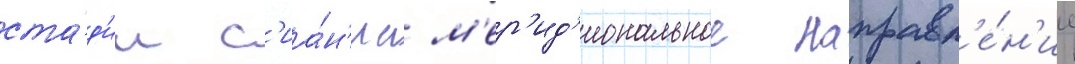
ста́д'ии с'иа́н'иа м'ер'ид'иональное направл'е́н'ие